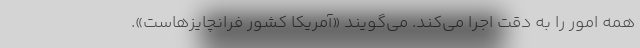
همه امور را به دقت اجرا می‌کند. می‌گویند «آمریکا کشور فرانچایزهاست».